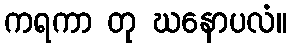
ကရကာ တု ဃနောပလံ။